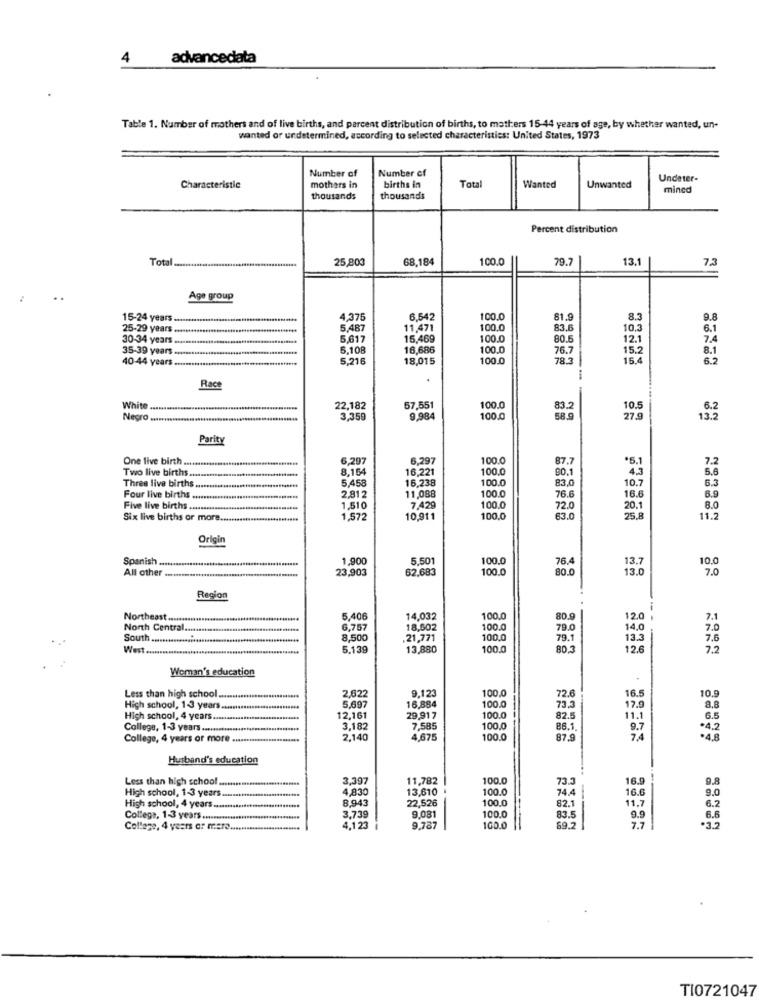
4
advancedata
Table 1. Number of mothers and of live births, and percent distribution of births, to mathers 15-44 years of age, by whether wanted, un-
wanted or undetermined, according to selected characteristics: United States, 1973
Number of
Number of
Undeter-
Characteristic
mothers in
births in
Total
Wanted
Unwanted
mincd
thousands
thousands
Percent distribution
Total ........
25,803
68,184
100.0
79.7
13.1
7.3
Age group
15-24 years ..
4.375
6.542
100.0
31.9
8.3
9.8
25-29 years ..
5,487
11,471
100.0
83.6
10.3
6.1
30-34 years ..
5,617
15,469
100.0
80.
12.1
7.4
35-39 years ........
5,108
16,686
100.0
76.7
15.2
8.1
40-44 years ........
5,216
18,015
100.0
78.3
15.4
6.2
Race
White
22,182
57.551
100.
83.2
10.5
Negro .....
3,359
9,98
100.
58.9
27
193
Parity
One live birth .....
6,29
6.29
100.0
87.7
*5.1
7.2
Two live births ..
8,164
16,221
100.0
90.
4.3
5.6
5,458
16,238
100.0
83,0
10.7
Three live births.
2,81
100.0
6.3
Four live births
11,088
76.6
16.6
6.9
Five live births .
1.51
7,429
100.0
72.0
20.1
8.0
Six live births or more ......
1,57
10,911
100.0
63.0
25.8
11.2
Origin
Spanish
1,900
5,50
100.
76,4
13.7
10.0
All other ........
23,903
62,683
100.
80.0
13.0
7.0
Region
Northeast.
5,406
14,032
100.
80.9
12.0
7.1
North Central ................................................
6,757
18,502
100.0
79.0
14.0
7.0
South ............
8,500
21,771
100.0
79.1
13.3
7.6
West ...
5.139
13,880
100.
80.3
12.6
72
Woman's education
9,123
100.0
72.6
16.5
10.9
Less than high school.
2,622
High school, 1-3 years ..
5,697
16,884
100.0
73,3
17.9
8,8
High school, 4 years .......
12,161
29.91 7
100.0
82.5
11.1
6.5
College, 1-3 years ........
....................
3,182
7,585
100,0
86.1.
9.7
.4.2
College, 4 years or more ..
2,140
4,675
100.0
87.9
74
Husband's education
Less than high school ...
3,397
11,782
100.0
73.3
16.9
9.8
High school, 1-3 years.
4,830
13,610
100.0
74.4
8,943
22,526
100.0
11.7
16.6
9.0
High school, 4 years ..........
100.0
82.1
6.2
College, 1-3 years .................
3,739
9.081
83.5
9.9
College, 4 years or mere ......
4,123
9.787
100.0
69.2
7.7
.3.2
TI0721047